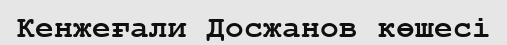
Кенжеғали Досжанов көшесі